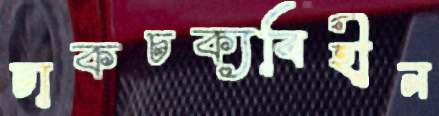
চাকচক্যবিহীন